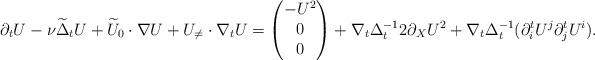
LaTeX: \begin{align*}\partial_t U - \nu \widetilde{\Delta}_t U + \widetilde{U}_0 \cdot \nabla U + U_{\neq} \cdot \nabla_t U = \begin{pmatrix} - U^2 \\ 0 \\ 0 \end{pmatrix} + \nabla_t {\Delta}_t^{-1} 2 \partial_X U^2 + \nabla_t \Delta_t^{-1} (\partial^t_i U^j \partial_j^t U^i). \end{align*}